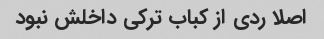
اصلا ردی از کباب ترکی داخلش نبود